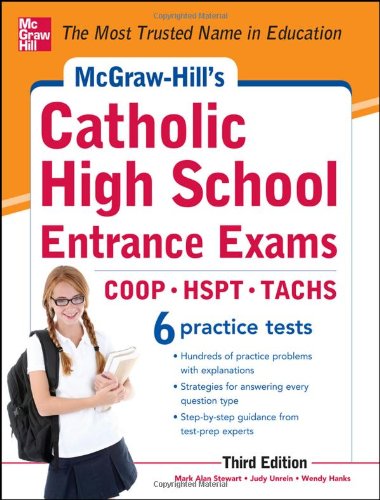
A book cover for McGraw-Hill's Catholic High School Entrance Exams, 3rd Edition (McGraw-Hill's Catholic High School Entrance Examinations); Mark Stewart; Test Preparation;